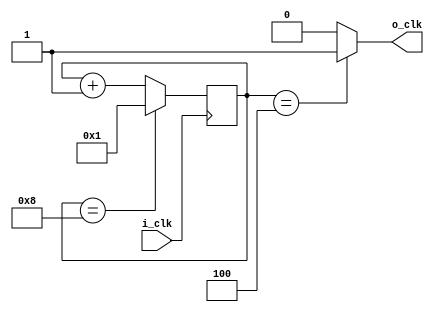
module div_clk (
    input i_clk,
    output reg o_clk
);
    parameter n = 8;
    reg [3:0] d1hz_r = 1;  // Adjust the width of the register according to the value of n
    reg [3:0] d1hz_n;

    // Register
    always @(negedge i_clk) begin
        d1hz_r <= d1hz_n;
    end

    // Next state logic
    always @* begin
        if (d1hz_r == n)
            d1hz_n = 1;
        else
            d1hz_n = d1hz_r + 1;
    end

    // Output logic
    always @* begin
        if (d1hz_r == n / 2)
            o_clk = 1;
        else
            o_clk = 0;
    end
endmodule